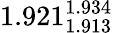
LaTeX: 1.921_{1.913}^{1.934}